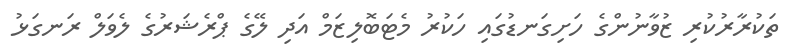
ތަކުރާރުކުރި ޒުވާނުންގެ ހަށިގަނޑުގައި ހަކުރު މެޓަބޮލިޒަމް އަދި ލޭގެ ޕްރެޝަރުގެ ލެވަލް ރަނގަޅު